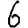
Digit: 6